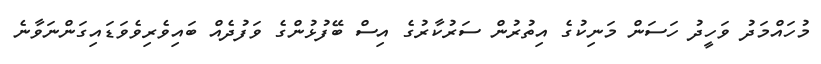
މުހައްމަދު ވަހީދު ހަސަން މަނިކުގެ އިތުރުން ސަރުކާރުގެ އިސް ބޭފުޅުންގެ ވަފުދެއް ބައިވެރިވެވަޑައިގަންނަވާނެ